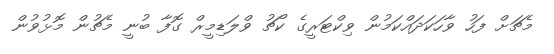
މެޗަށް ފަހު ވާހަކަދައްކަމުން ވިކްޓަރީގެ ކޯޗު ވްލަޑިމީރް ގޮފާ ބުނީ މެޗުން މޮޅުވުން